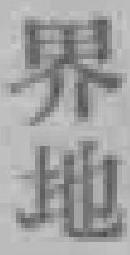
界地